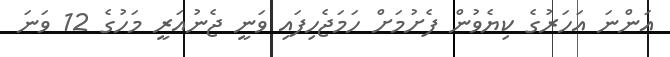
އަންނަ އަހަރުގެ ކިޔެވުން ފެށުމަށް ހަމަޖެހިފައި ވަނީ ޖެނުއަރީ މަހުގެ 12 ވަނަ